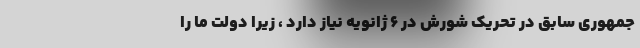
جمهوری سابق در تحریک شورش در ۶ ژانویه نیاز دارد ، زیرا دولت ما را